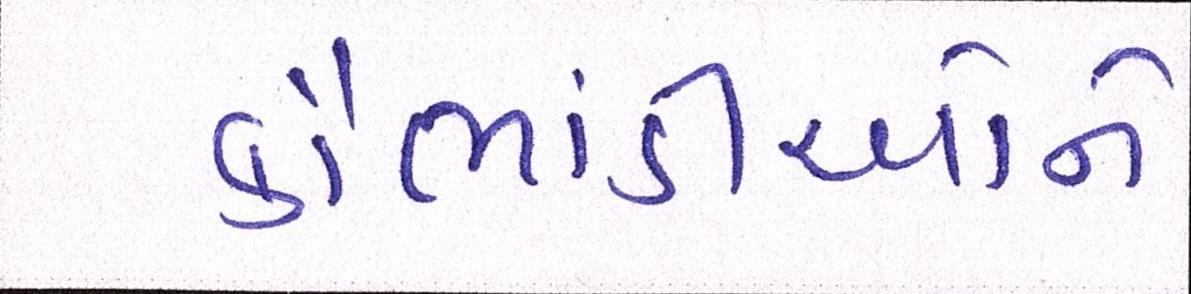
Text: કૌભાંડીઓને